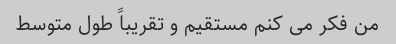
من فکر می کنم مستقیم و تقریباً طول متوسط